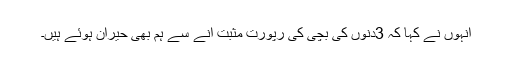
انہوں نے کہا کہ 3دنوں کی بچی کی رپورت مثبت آنے سے ہم بھی حیران ہوئے ہیں۔